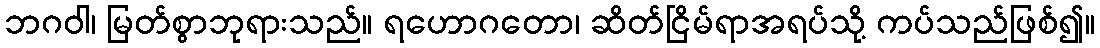
ဘဂဝါ၊ မြတ်စွာဘုရားသည်။ ရဟောဂတော၊ ဆိတ်ငြိမ်ရာအရပ်သို့ ကပ်သည်ဖြစ်၍။